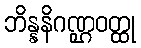
ဘိန္နနိဂဏ္ဌဝတ္ထု